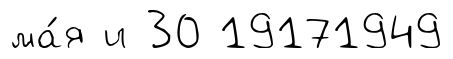
ма́я и 30 19171949